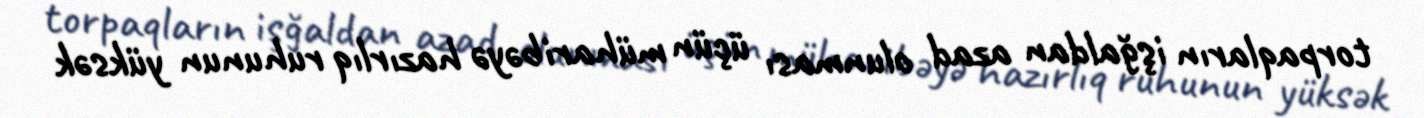
torpaqların işğaldan azad olunması üçün müharibəyə hazırlıq ruhunun yüksək